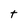
Character: t